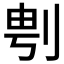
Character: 𱐚